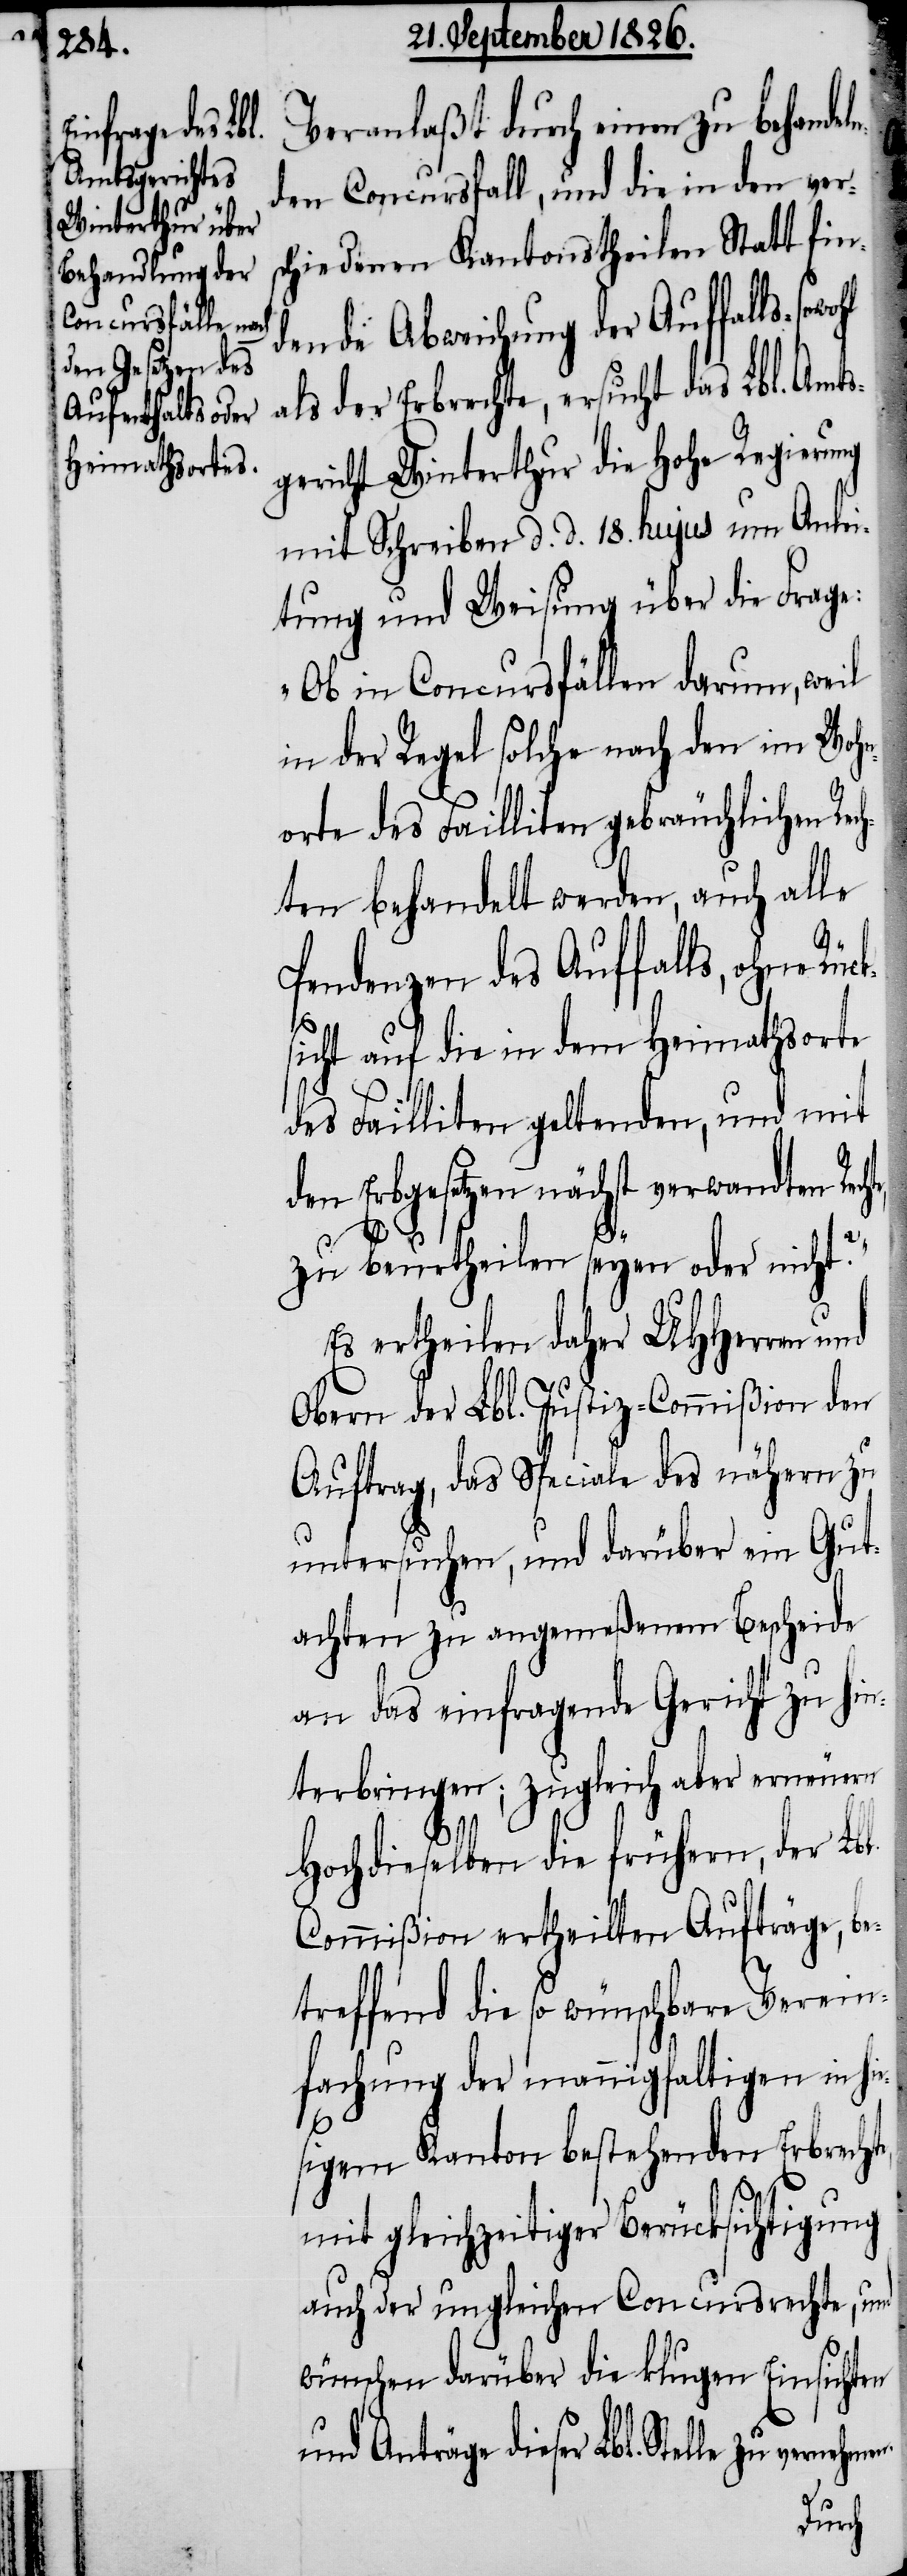
Veranlaßt durch einen zu behande¬
den Concursfall, und die in den ver¬
schiedenen Kantonstheilen Statt fin¬
dende Abweichung der Auffalls-
als der Erbrechte, ersucht das Lbl. Amts¬
gericht Winterthur die hohe Regierung
mit Schreiben d. d. 18. hujus um Anlei¬
tung und Weisung über die Frage:
„Ob in Concursfällen darum, weil
in der Regel solche nach den im Wohn¬
orte des Failliten gebräuchlichen Re¬
ten behandelt werden, auch alle
hte,
Pendenzen des Auffalls, ohne Rücks¬
e¬
icht auf die in dem Heimathsorte
des Failliten geltenden, und mit
den Erbgesetzen nächst verwandten Rec¬
zu beurtheilen seyen oder nicht?“
Es ertheilen daher MHHerren
Obern der Lbl. Justiz-Commißion den
Auftrag, das Speziale des nähern
untersuchen, und darüber ein Gut¬
achten zu angemeßenem Bescheide
an das einfragende Gericht zu hi¬
nterbringen; zugleich aber erneuern
Hochdieselben die frühern, der Lb¬
Commißion ertheilten Aufträge, be¬
treffend die so wünschbare Verein¬
fachung der mannigfaltigen in hi¬
sigem Kanton bestehenden Erbrechte,
mit gleichzeitiger Berücksichtung
auch der ungleichen Concursrechte, und
wünschen darüber die klugen Einsichten
und Anträge dieser Lbl. Stelle zu